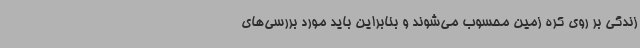
زندگی بر روی کره زمین محسوب می‌شوند و بنابراین باید مورد بررسی‌های